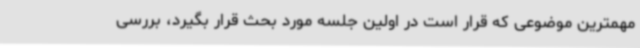
مهمترین موضوعی که قرار است در اولین جلسه مورد بحث قرار بگیرد، بررسی